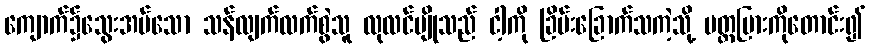
ကျောက်၌သွေးအပ်သော သန်လျက်လက်စွဲသူ လုလင်ပျိုသည် ငါ့ကို ခြိမ်းခြောက်သကဲ့သို့ ပတ္တမြားကိုတောင်း၍